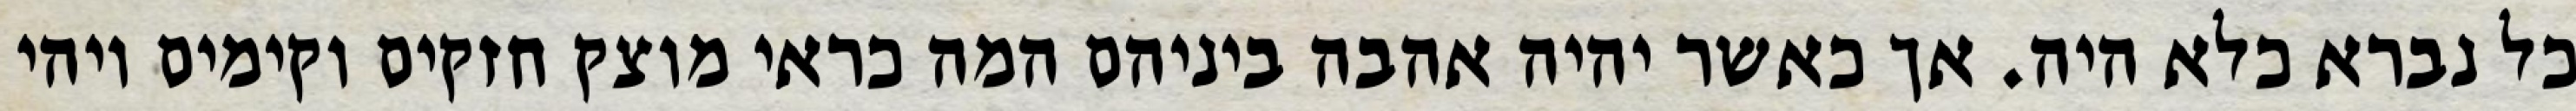
כל נברא כלא היה. אך כאשר יהיה אהבה ביניהם המה כראי מוצק חזקים וקימים ויהי